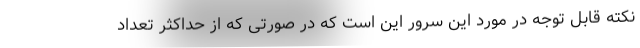
نکته قابل توجه در مورد این سرور این است که در صورتی که از حداکثر تعداد